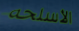
الأسلحه